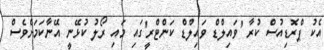
އެކު ޕްރޮޑިއުސް ކުރާ 'ވައިލްޑް ވައިލްޑް ކަންޓްރީ'ގައި މައި ރޯލު ކުޅޭނީ އޭނާކަމަށްވެސް